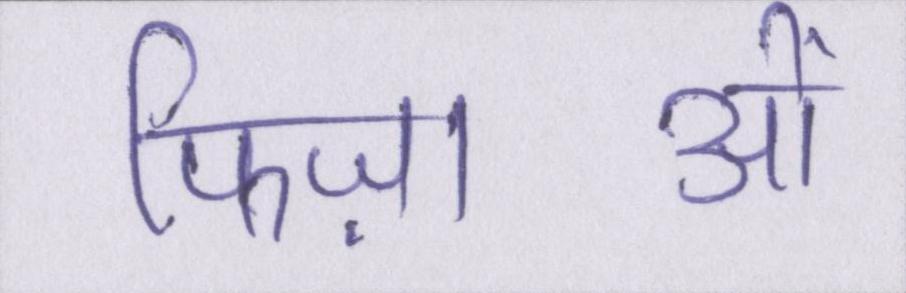
फिज़ाओं